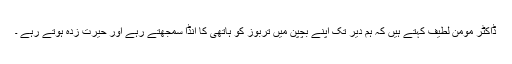
ڈاکٹر مومن لطیفؔ کہتے ہیں کہ ہم دیر تک اپنے بچپن میں تربوز کو ہاتھی کا انڈا سمجھتے رہے اور حیرت زدہ ہوتے رہے ۔